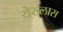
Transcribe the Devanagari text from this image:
येख्लास